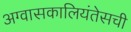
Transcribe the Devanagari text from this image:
अग्वासकालियंतेसची